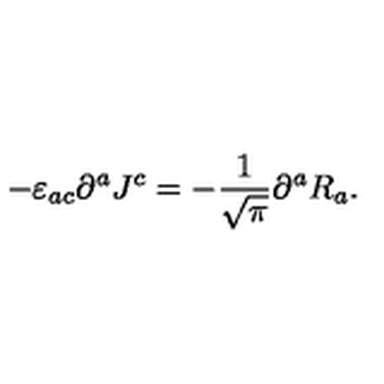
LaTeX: - \varepsilon _ { a c } \partial ^ { a } J ^ { c } = - \frac { 1 } { \sqrt { \pi } } \partial ^ { a } R _ { a } .